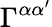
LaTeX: \Gamma^{\alpha\alpha^{\prime}}